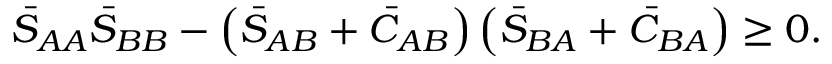
\bar { S } _ { A A } \bar { S } _ { B B } - \left( \bar { S } _ { A B } + \bar { C } _ { A B } \right) \left( \bar { S } _ { B A } + \bar { C } _ { B A } \right) \geq 0 .